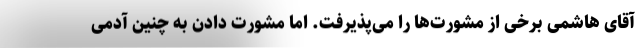
آقای هاشمی برخی از مشورت‌ها را می‌پذیرفت. اما مشورت دادن به چنین آدمی